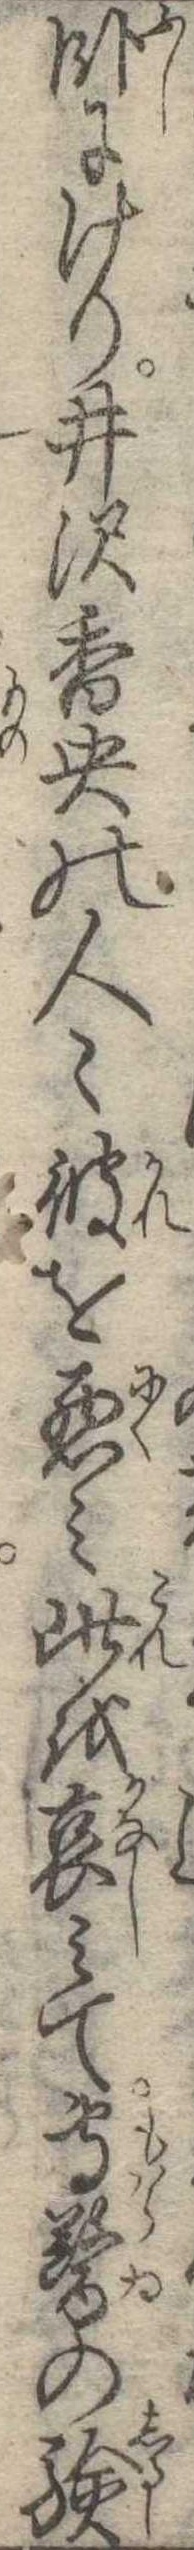
臥にけり井沢香央の人彼を悪み此を哀みて専医の験